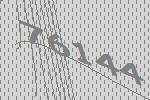
76144